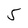
Character: 5